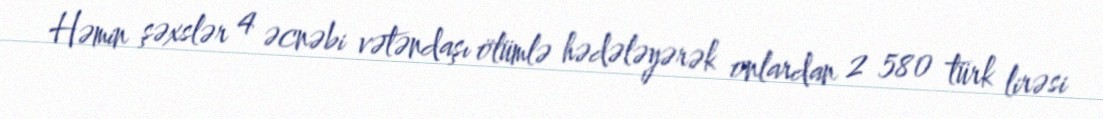
Həmin şəxslər 4 əcnəbi vətəndaşı ölümlə hədələyərək onlardan 2 580 türk lirəsi